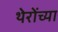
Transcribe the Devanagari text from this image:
थेरोंच्या